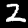
Label: 2